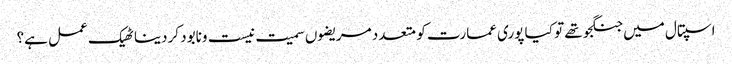
اسپتال میں جنگجو تھے تو کیا پوری عمارت کو متعدد مریضوں سمیت نیست ونابود کردینا ٹھیک عمل ہے؟